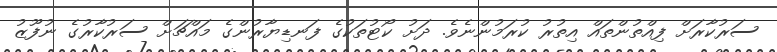
ސަރުކާރަށް ފިއްތުންތައް އިތުރު ކުރަމުންނެވެ. ދަށު ކޯޓުތަކުގެ ފަނޑިޔާރުންގެ މައްޗަށް ސަރުކާރުގެ ނުފޫޒު